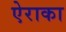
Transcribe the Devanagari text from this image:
ऐराका